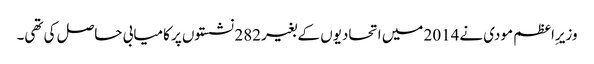
وزیرِاعظم مودی نے2014 میں اتحادیوں کے بغیر282 نشستوں پر کامیابی حاصل کی تھی۔